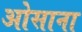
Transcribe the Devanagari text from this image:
ओसाना